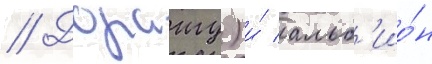
// Дораигу) и́ альб'ио́н